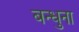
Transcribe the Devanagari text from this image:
बन्धुना